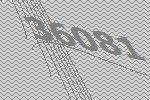
36081